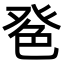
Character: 𦫔